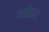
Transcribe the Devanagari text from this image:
वर्नछन्द